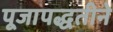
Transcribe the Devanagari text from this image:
पूजापद्धतीने